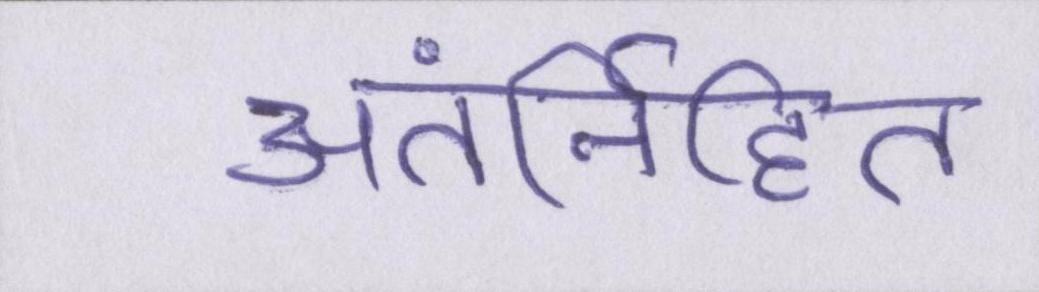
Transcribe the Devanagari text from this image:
अंतर्निहित